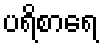
ပရိစာရေ